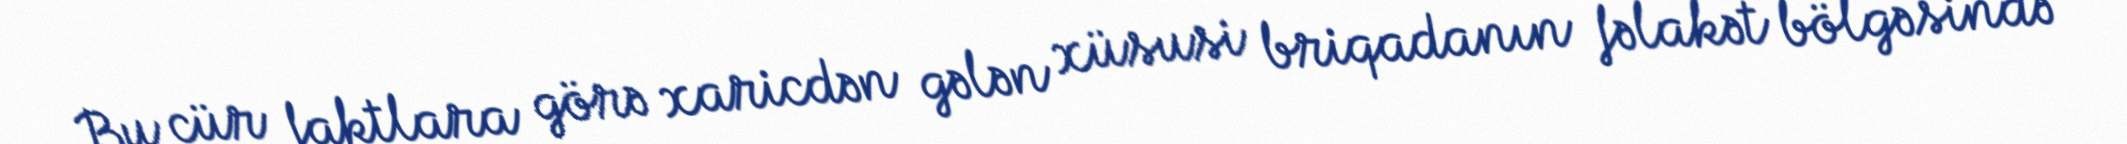
Bu cür faktlara görə xaricdən gələn xüsusi briqadanın fəlakət bölgəsində